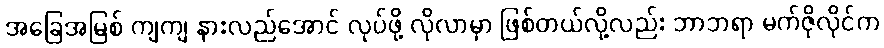
အခြေအမြစ် ကျကျ နားလည်အောင် လုပ်ဖို့ လိုလာမှာ ဖြစ်တယ်လို့လည်း ဘာဘရာ မက်ဇိုလိုင်က